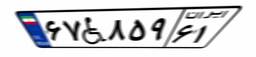
۸۹W۰۴۵۶۳